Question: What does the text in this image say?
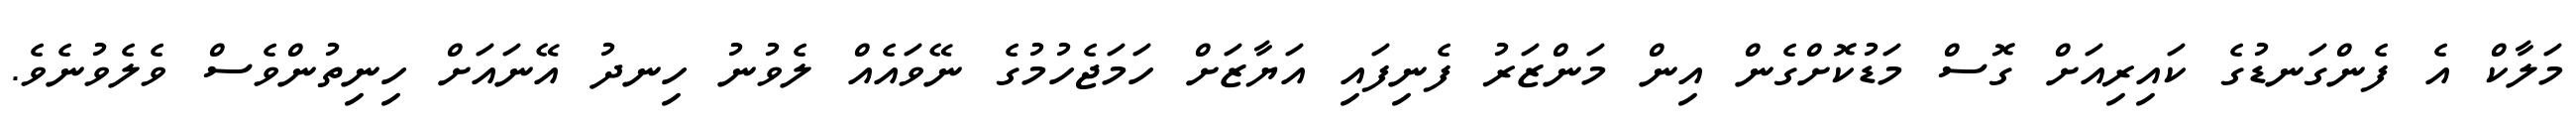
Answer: މަލާކް އެ ފެންގަނޑުގެ ކައިރިއަށް ގޮސް މަޑުކޮށްގެން އިން މަންޒަރު ފެނިފައި އަޔާޒަށް ހަމަޖެހުމުގެ ނޭވައެއް ލެވުނު ހިނދު އޭނައަށް ހިނިތުންވެސް ވެލެވުނެވެ.